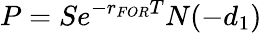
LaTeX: P=Se^{-r_{FOR}T}N(-d_{1})